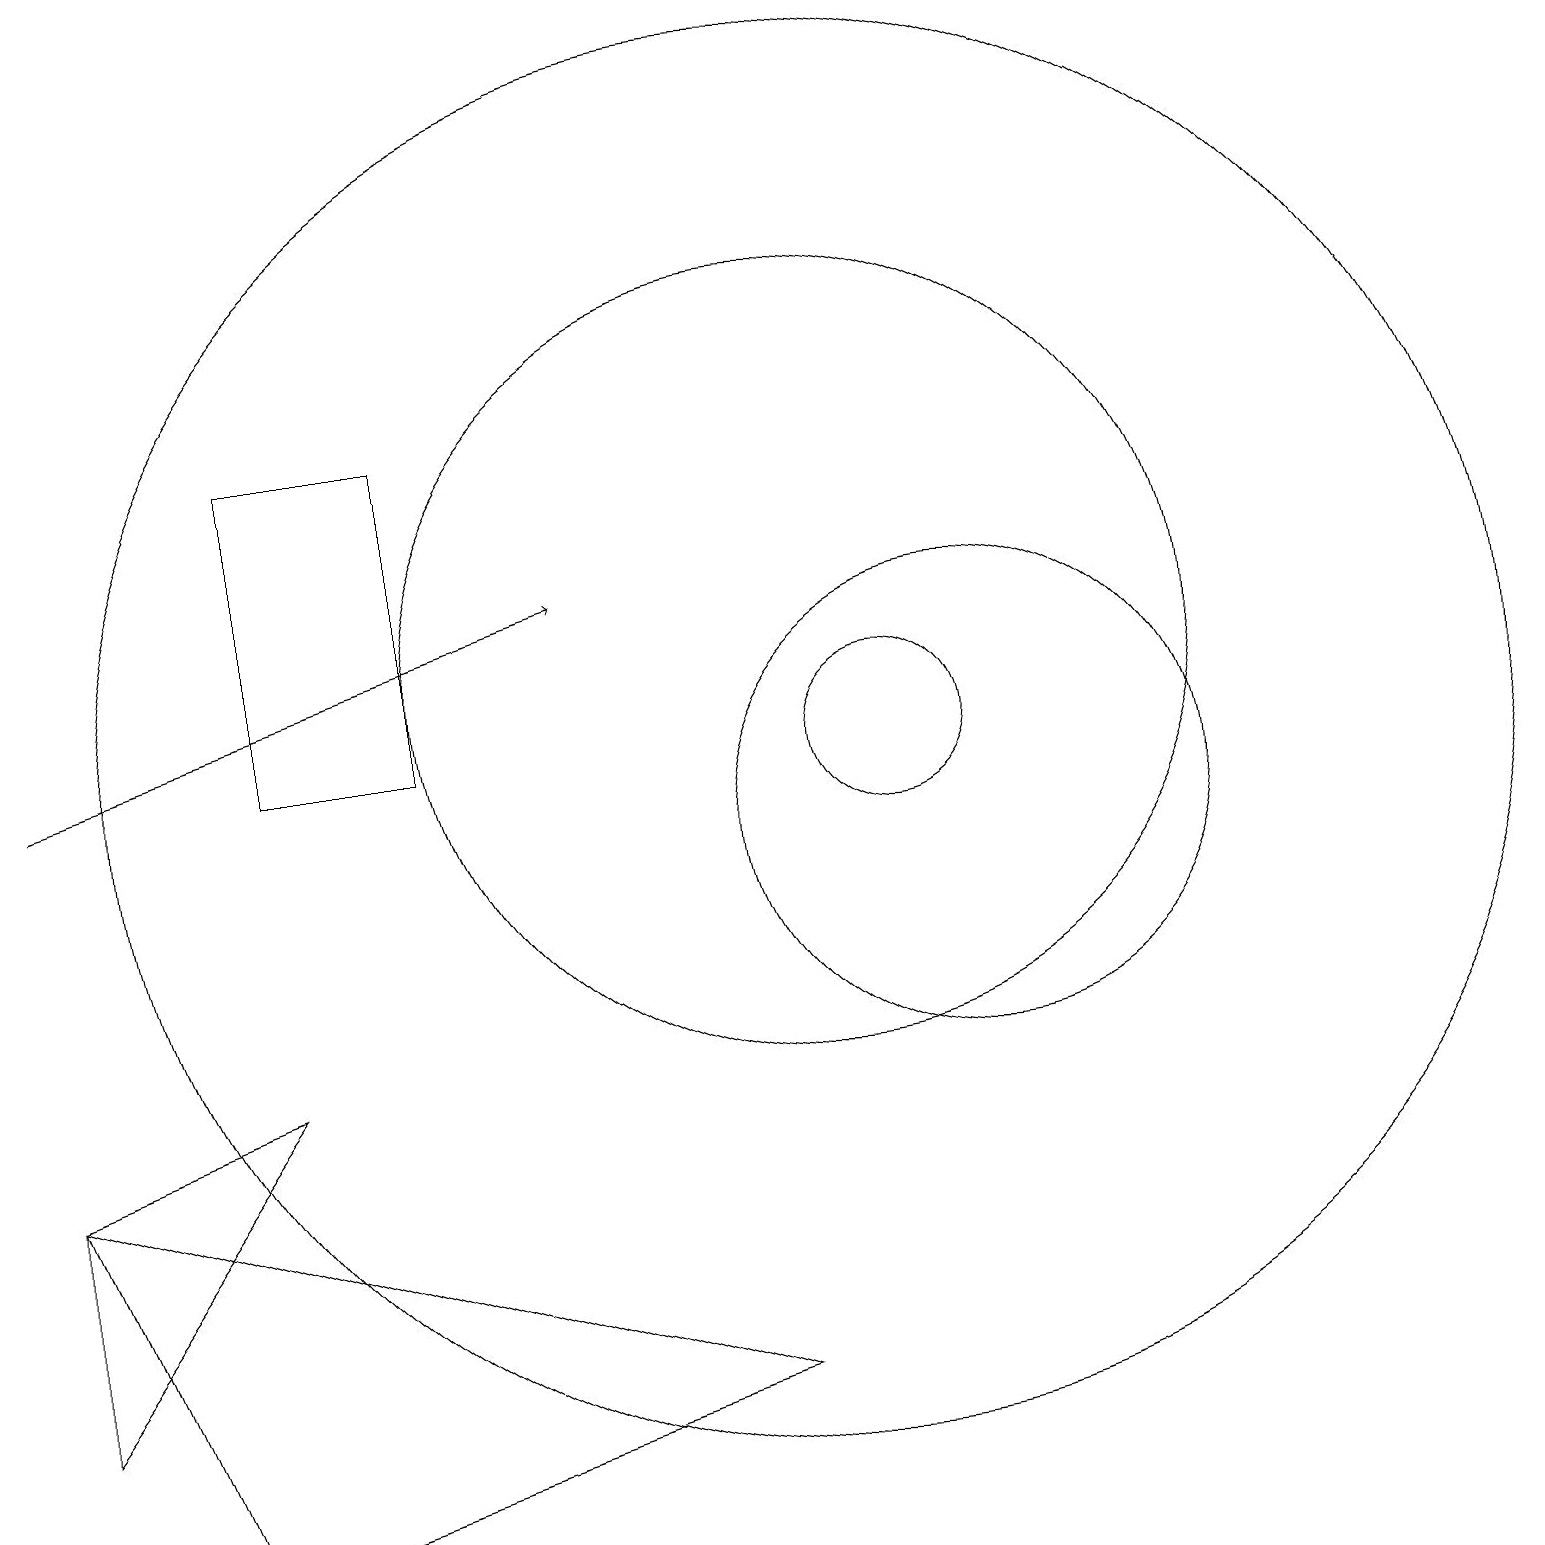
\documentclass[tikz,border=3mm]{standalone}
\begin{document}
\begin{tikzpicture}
\draw (0,3) -- (0,6) -- (3,7) -- cycle;
\draw (12,10) circle (3);
\draw (0,6) -- (2,1) -- (9,3) -- cycle;
\draw (11,11) circle (1);
\draw[->] (0,11) -- (7,13);
\draw (10,11) circle (9);
\draw (10,12) circle (5);
\draw (5,15) rectangle (3,11);
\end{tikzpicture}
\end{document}